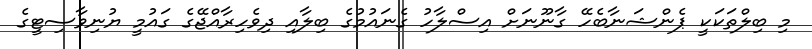
މި ބިލްތަކަކީ ޕެންޝަނާބެހޭ ގާނޫނަށް އިސްލާހު ގެނައުމުގެ ބިލާއި ދިވެހިރާއްޖޭގެ ގައުމީ ޔުނިވާސިޓީގެ